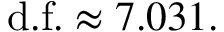
{ \mathrm { d . f . } } \approx 7 . 0 3 1 .